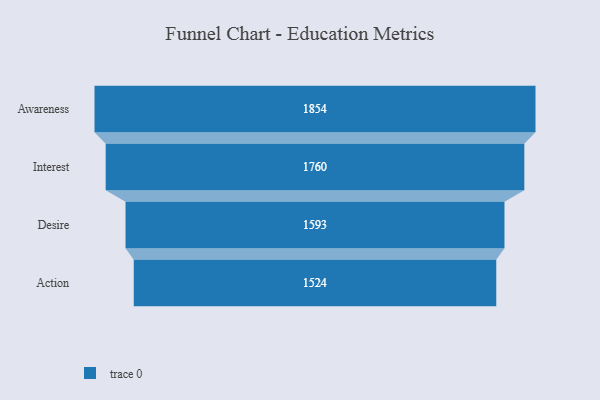
{"axis": {"x": "Stage", "y": "Value"}, "legend": [""], "data": [{"x": "Awareness", "y": 1854.0, "type": ""}, {"x": "Interest", "y": 1760.0, "type": ""}, {"x": "Desire", "y": 1593.0, "type": ""}, {"x": "Action", "y": 1524.0, "type": ""}]}